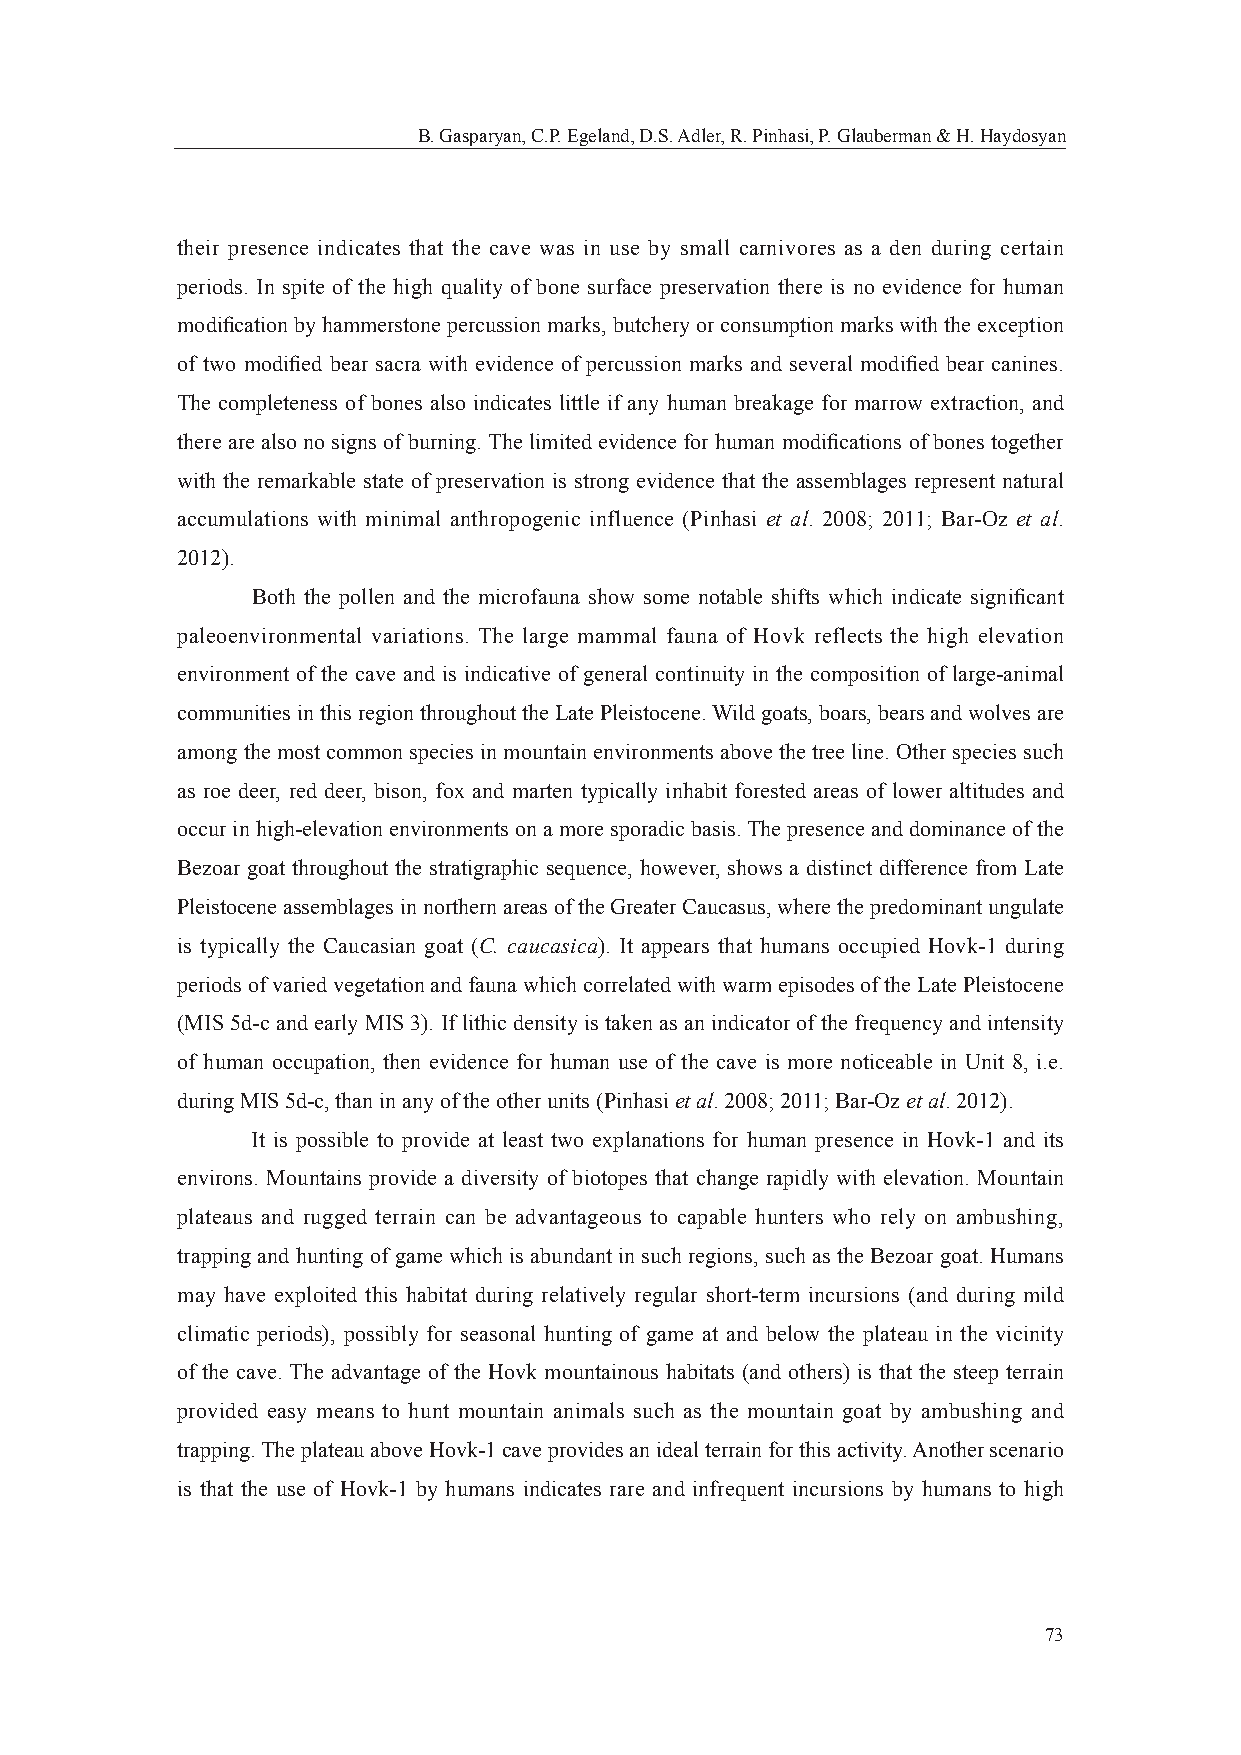
B. Gasparyan, C.P. Egeland, D.S. Adler, R. Pinhasi, P. Glauberman & H. Haydosyan
 their presence indicates that the cave was in use by small carnivores as a den during certain
 periods. In spite of the high quality of bone surface preservation there is no evidence for human
 modifi cation by hammerstone percussion marks, butchery or consumption marks with the exception
 of two modifi ed bear sacra with evidence of percussion marks and several modifi ed bear canines.
 The completeness of bones also indicates little if any human breakage for marrow extraction, and
 there are also no signs of burning. The limited evidence for human modifi cations of bones together
 with the remarkable state of preservation is strong evidence that the assemblages represent natural
 accumulations with minimal anthropogenic influence (Pinhasi et al. 2008; 2011; Bar-Oz et al.
 2012).
 Both the pollen and the microfauna show some notable shifts which indicate signifi cant
 paleoenvironmental variations. The large mammal fauna of Hovk reflects the high elevation
 environment of the cave and is indicative of general continuity in the composition of large-animal
 communities in this region throughout the Late Pleistocene. Wild goats, boars, bears and wolves are
 among the most common species in mountain environments above the tree line. Other species such
 as roe deer, red deer, bison, fox and marten typically inhabit forested areas of lower altitudes and
 occur in high-elevation environments on a more sporadic basis. The presence and dominance of the
 Bezoar goat throughout the stratigraphic sequence, however, shows a distinct difference from Late
 Pleistocene assemblages in northern areas of the Greater Caucasus, where the predominant ungulate
 is typically the Caucasian goat (C. caucasica). It appears that humans occupied Hovk-1 during
 periods of varied vegetation and fauna which correlated with warm episodes of the Late Pleistocene
 (MIS 5d-c and early MIS 3). If lithic density is taken as an indicator of the frequency and intensity
 of human occupation, then evidence for human use of the cave is more noticeable in Unit 8, i.e.
 during MIS 5d-c, than in any of the other units (Pinhasi et al. 2008; 2011; Bar-Oz et al. 2012).
 It is possible to provide at least two explanations for human presence in Hovk-1 and its
 environs. Mountains provide a diversity of biotopes that change rapidly with elevation. Mountain
 plateaus and rugged terrain can be advantageous to capable hunters who rely on ambushing,
 trapping and hunting of game which is abundant in such regions, such as the Bezoar goat. Humans
 may have exploited this habitat during relatively regular short-term incursions (and during mild
 climatic periods), possibly for seasonal hunting of game at and below the plateau in the vicinity
 of the cave. The advantage of the Hovk mountainous habitats (and others) is that the steep terrain
 provided easy means to hunt mountain animals such as the mountain goat by ambushing and
 trapping. The plateau above Hovk-1 cave provides an ideal terrain for this activity. Another scenario
 is that the use of Hovk-1 by humans indicates rare and infrequent incursions by humans to high
 73